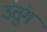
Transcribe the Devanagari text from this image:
उंतुंग